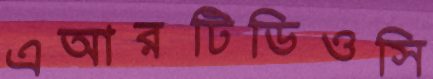
এআরটিডিওসি